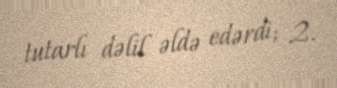
tutarlı dəlil əldə edərdi; 2.